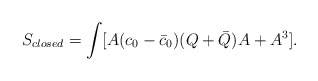
\begin{align*}S_{closed} =\int [A (c_0-\bar c_0) (Q+\bar Q) A + A^3].\end{align*}